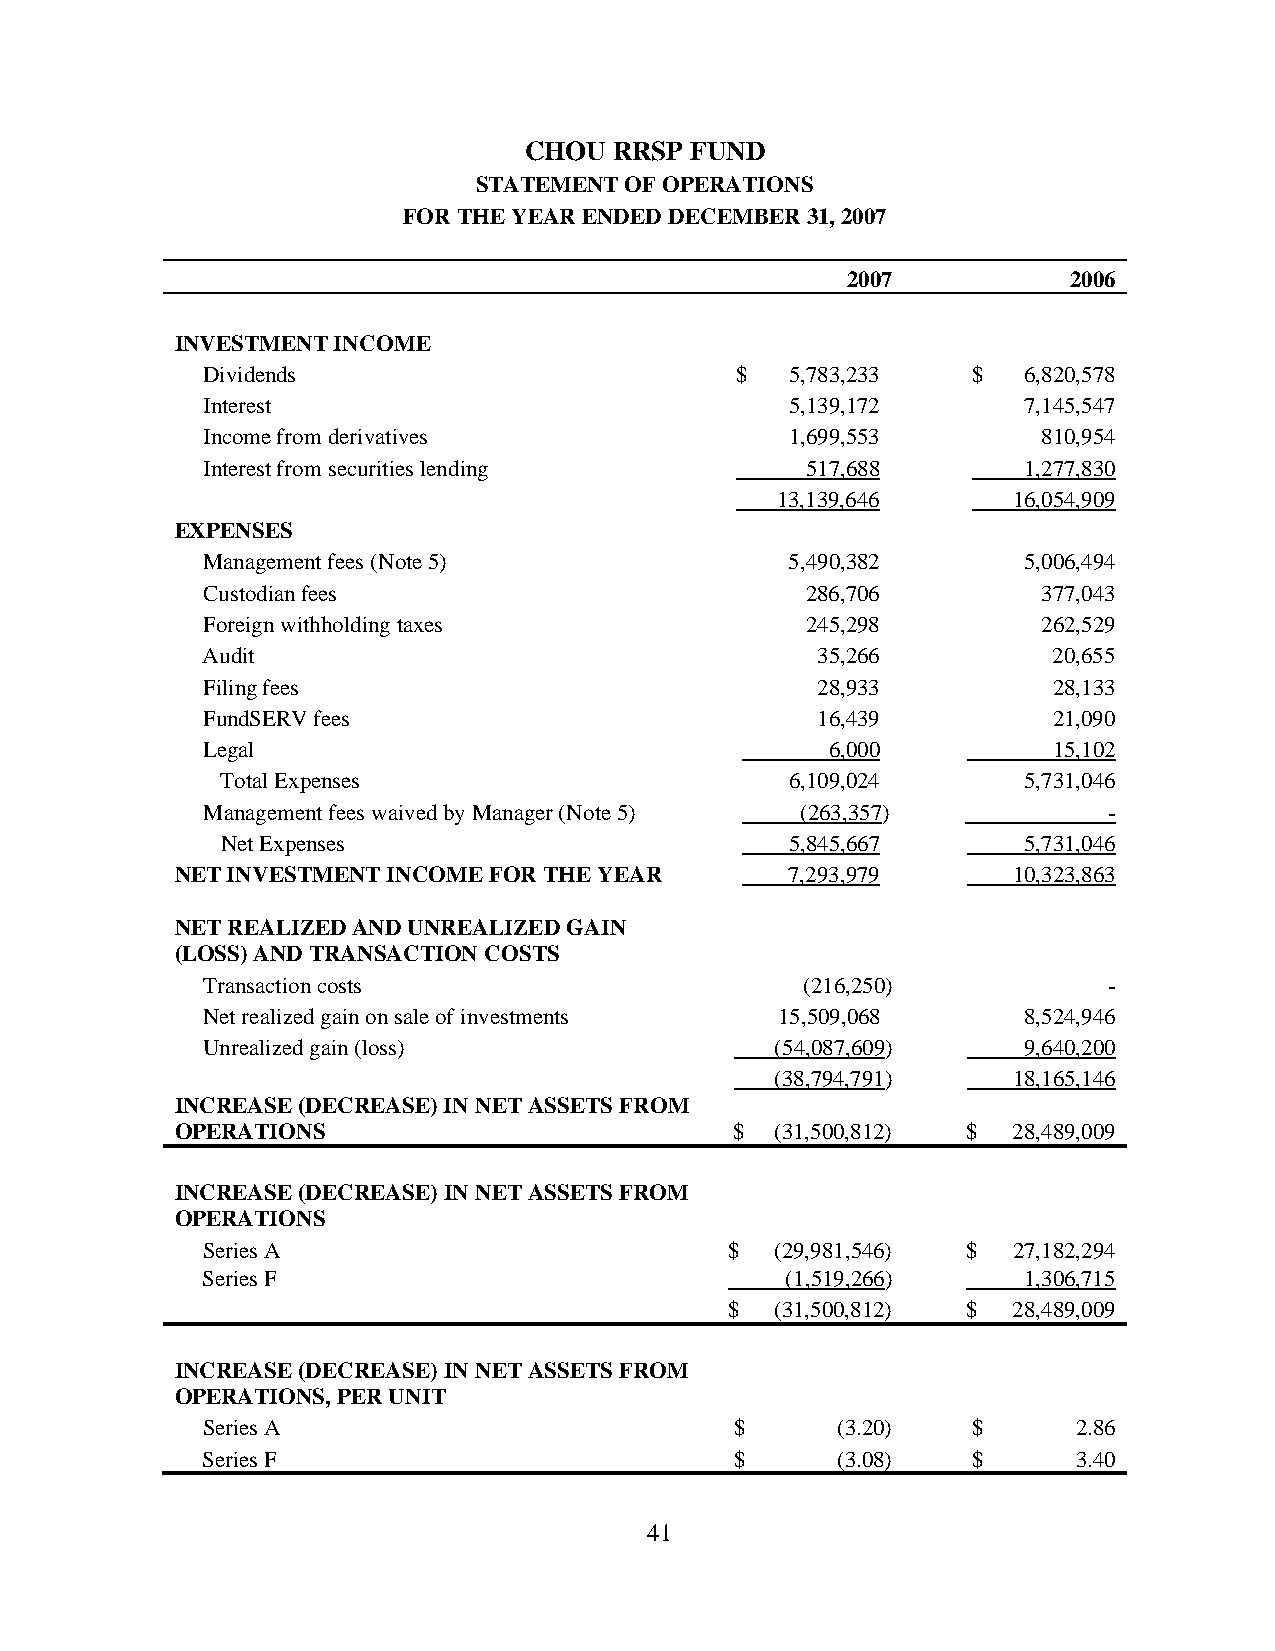
CHOU  RRSP FUND
 STATEMENT OF OPERATIONS
 FOR THE YEAR ENDED DECEMBER 31, 2007
 2007           2006
 INVESTMENT INCOME
 Dividends                           $  5,783,233   $   6,820,578
 Interest                               5,139,172       7,145,547
 Income from derivatives                1,699,553        810,954
 Interest from securities lending        517,688        1,277,830
 13,139,646      16,054,909
 EXPENSES
 Management fees (Note 5)               5,490,382       5,006,494
 Custodian fees                          286,706         377,043
 Foreign withholding taxes               245,298         262,529
 Audit                                    35,266          20,655
 Filing fees                              28,933          28,133
 FundSERV fees                            16,439          21,090
 Legal                                     6,000          15,102
 Total Expenses                       6,109,024       5,731,046
 Management fees waived by Manager (Note 5) (263,357)        -
 Net Expenses                         5,845,667       5,731,046
 NET INVESTMENT INCOME FOR THE YEAR      7,293,979      10,323,863
 NET REALIZED AND UNREALIZED GAIN
 (LOSS) AND TRANSACTION COSTS
 Transaction costs                       (216,250)           -
 Net realized gain on sale of investments 15,509,068    8,524,946
 Unrealized gain (loss)                (54,087,609)     9,640,200
 (38,794,791)    18,165,146
 INCREASE (DECREASE) IN NET ASSETS FROM
 OPERATIONS                           $ (31,500,812) $  28,489,009
 INCREASE (DECREASE) IN NET ASSETS FROM
 OPERATIONS
 Series A                           $  (29,981,546) $  27,182,294
 Series F                               (1,519,266)     1,306,715
 $  (31,500,812) $  28,489,009
 INCREASE (DECREASE) IN NET ASSETS FROM
 OPERATIONS, PER UNIT
 Series A                            $     (3.20)   $      2.86
 Series F                            $     (3.08)   $      3.40
 41